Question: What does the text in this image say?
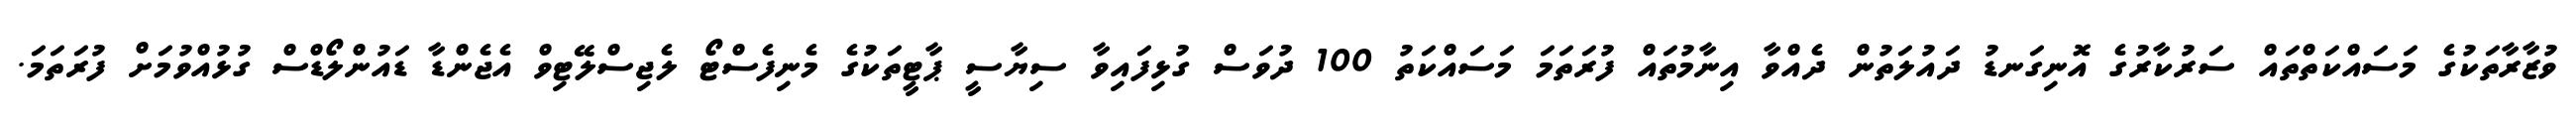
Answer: ވުޒާރާތަކުގެ މަސައްކަތްތައް ސަރުކާރުގެ އޮނިގަނޑު ދައުލަތުން ދެއްވާ އިނާމުތައް ފުރަތަމަ މަސައްކަތު 100 ދުވަސް ގުޅިފައިވާ ސިޔާސީ ޕާޓީތަކުގެ މެނިފެސްޓޯ ލެޖިސްލޭޓިވް އެޖެންޑާ ޑައުންލޯޑްސް ގުޅުއްވުމަށް ފުރަތަމަ.